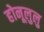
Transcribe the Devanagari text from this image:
होनूलुलु